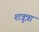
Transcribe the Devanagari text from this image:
शत्रुत्रा